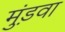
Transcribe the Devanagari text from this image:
मुंड़वा